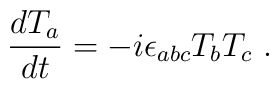
\frac{dT_a}{dt}= -i\epsilon_{abc}T_b T_c~.